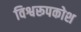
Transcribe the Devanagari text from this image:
विश्वरूपकोश